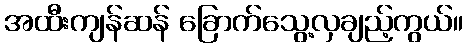
အထီးကျန်ဆန် ခြောက်သွေ့လှချည့်ကွယ်။